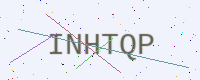
Text: INHTQP